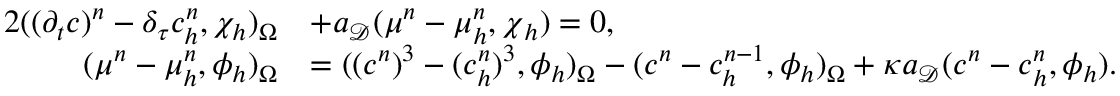
\begin{array} { r l } { { 2 } ( ( \partial _ { t } c ) ^ { n } - \delta _ { \tau } c _ { h } ^ { n } , \chi _ { h } ) _ { \Omega } } & { + a _ { \mathcal { D } } ( \boldsymbol { \mu } ^ { n } - \boldsymbol { \mu } _ { h } ^ { n } , \boldsymbol { \chi } _ { h } ) = 0 , } \\ { ( \mu ^ { n } - \mu _ { h } ^ { n } , \phi _ { h } ) _ { \Omega } } & { = ( ( c ^ { n } ) ^ { 3 } - ( c _ { h } ^ { n } ) ^ { 3 } , \phi _ { h } ) _ { \Omega } - ( c ^ { n } - c _ { h } ^ { n - 1 } , \phi _ { h } ) _ { \Omega } + \kappa a _ { \mathcal { D } } ( \boldsymbol { c } ^ { n } - \boldsymbol { c } _ { h } ^ { n } , \boldsymbol { \phi } _ { h } ) . } \end{array}